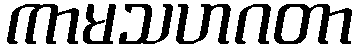
ကာမသဟဂတာ